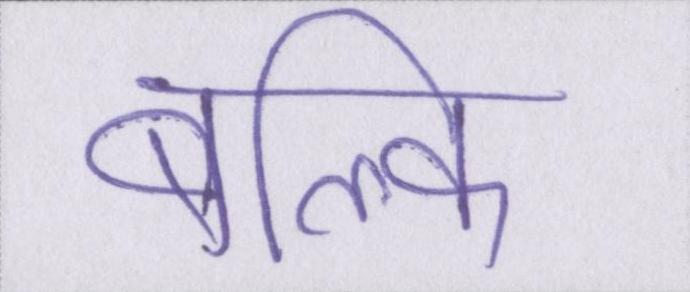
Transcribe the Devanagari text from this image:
बल्कि